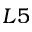
L 5